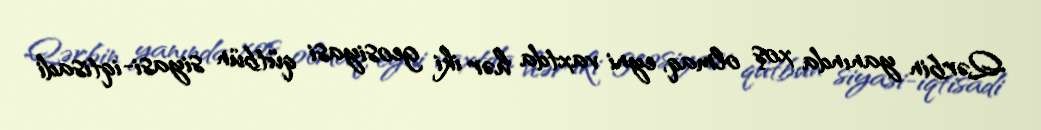
Qərbin yanında xoş olmaq, eyni vaxtda hər iki geosiyasi qütbün siyasi-iqtisadi